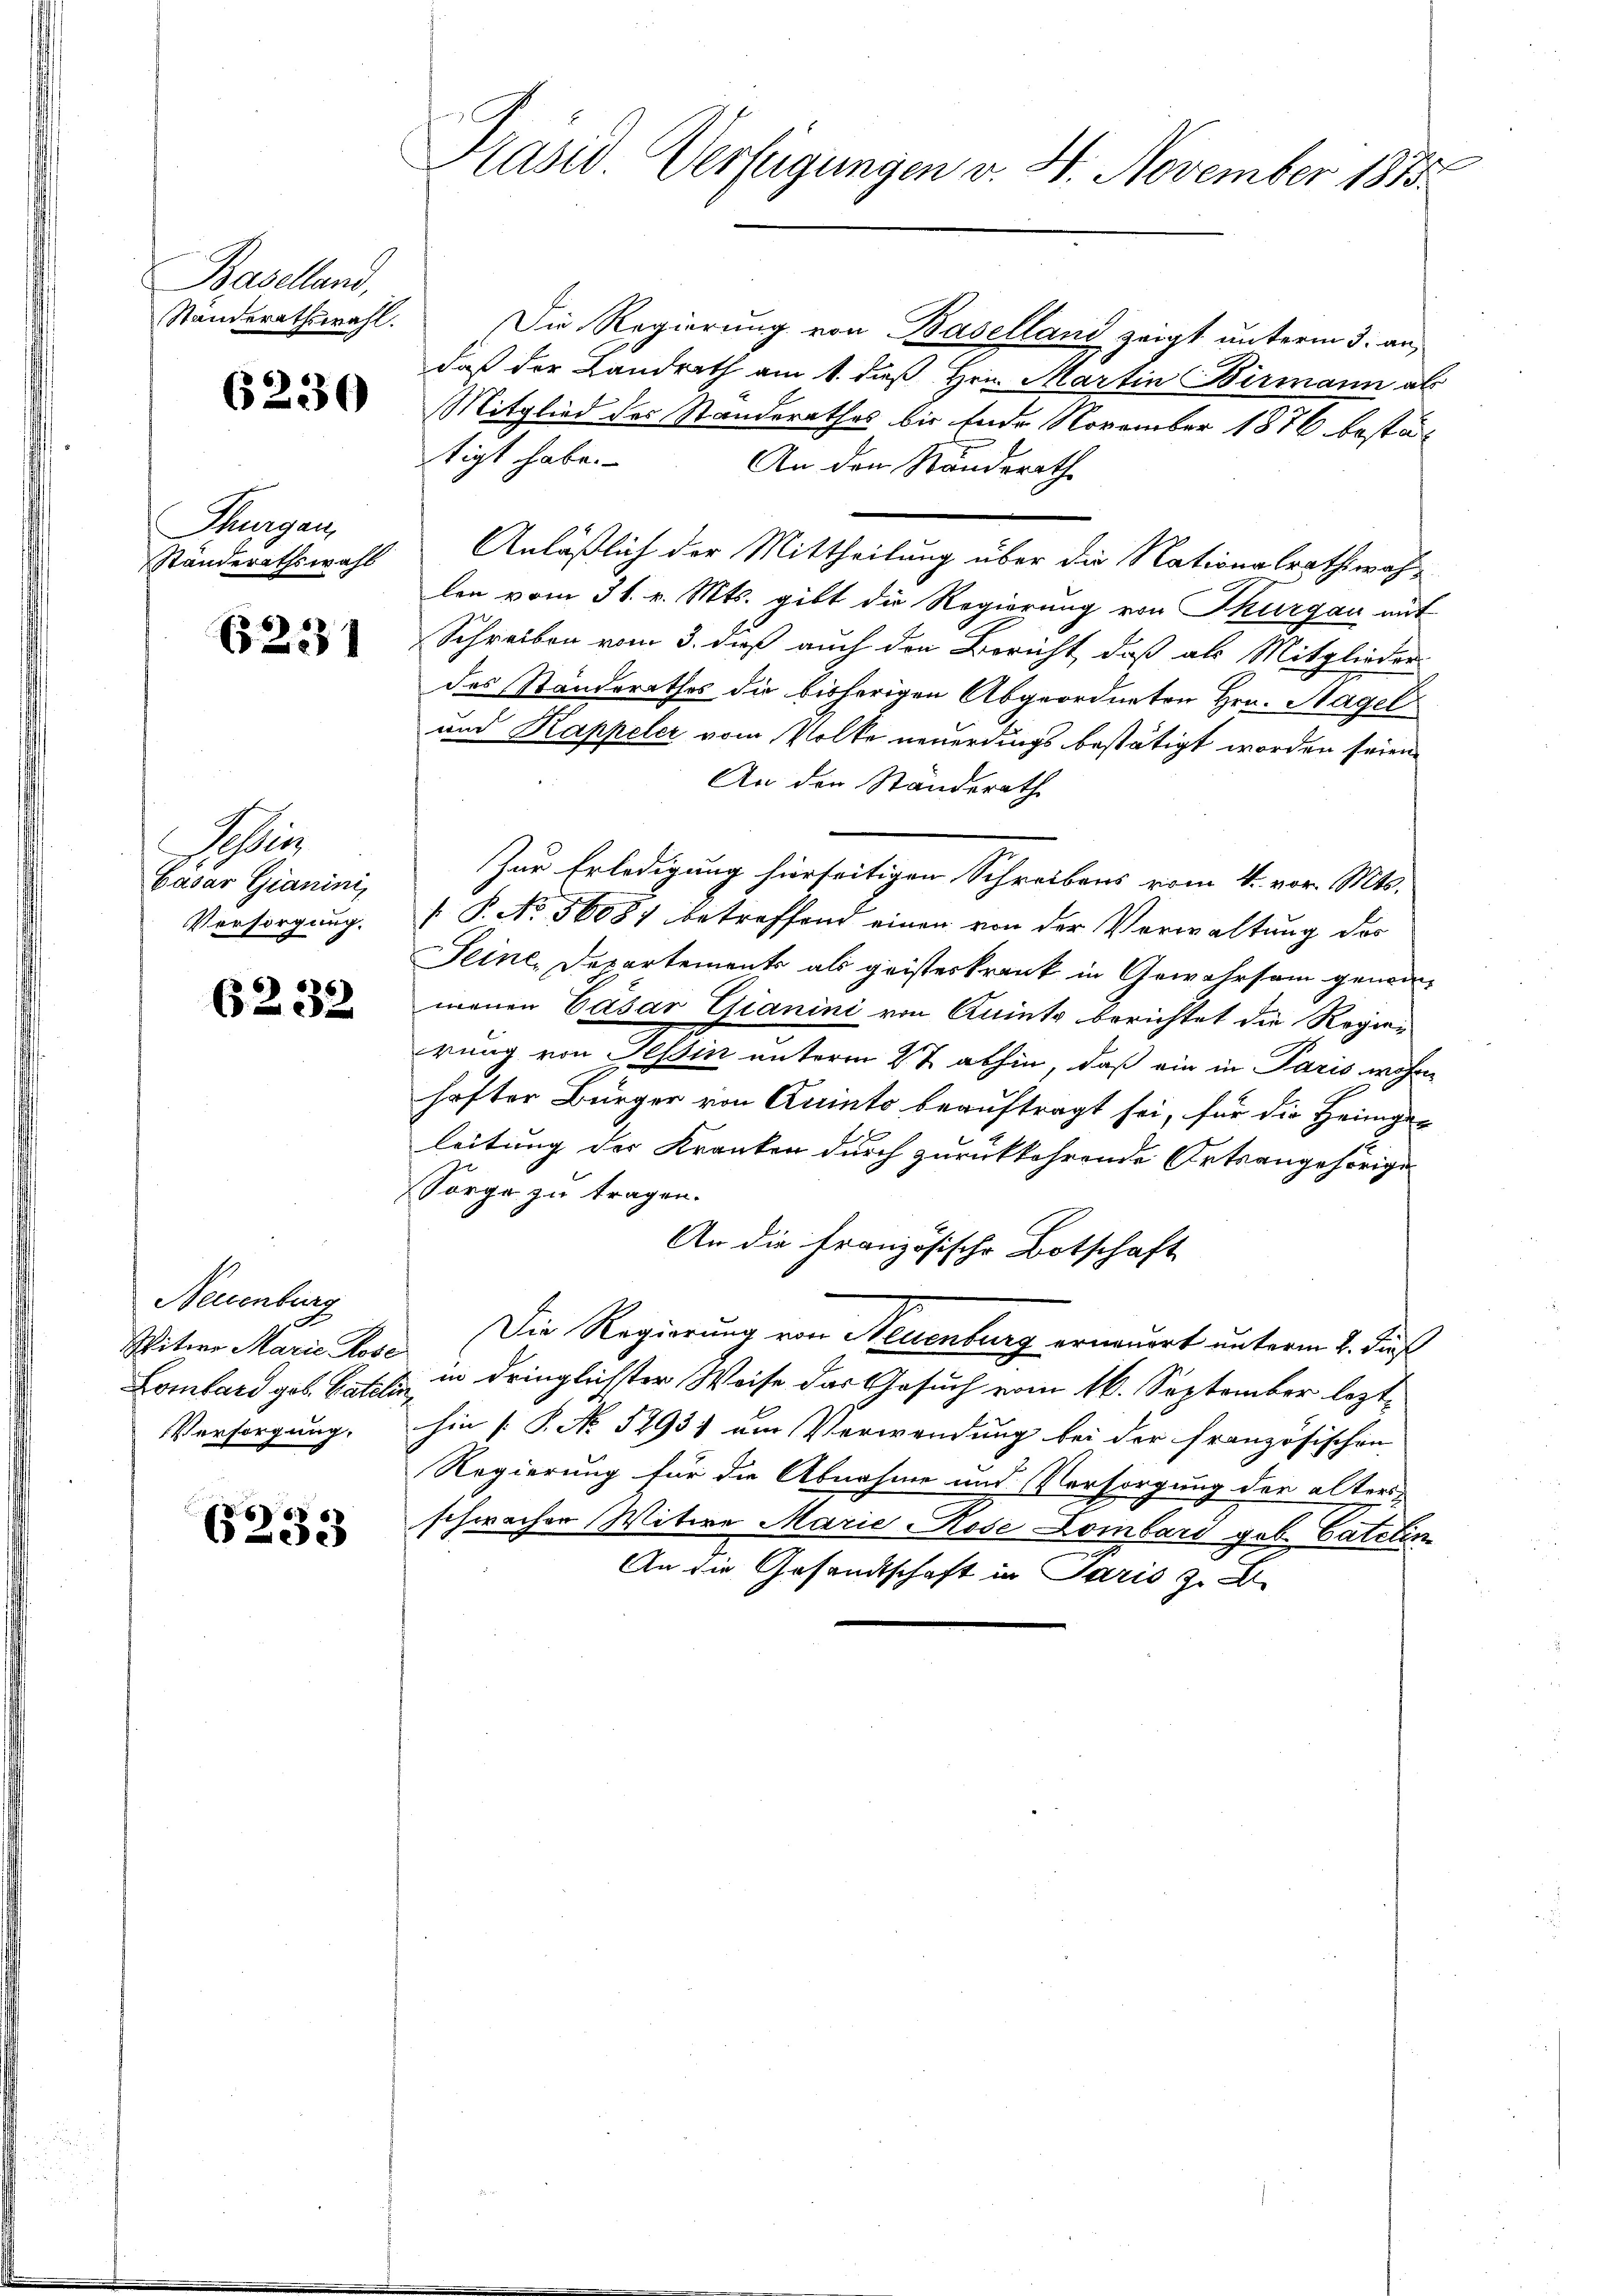
Baselland,
Standerathswahl.

6230

Thurgau,
Ständerathswahl

6231

Stein
Casar Gianini,
Versorgung.

6232.

Neuenburg
Witwe Marie Rose
Lombard geb. Bateli
Versorgung.

6233

.

Präsid Verfügungen v. 4. November 1813

Die Regierung von Baselland zeigt unterm 3. an,
daß der Landrath am 1. daß Hrn. Martin Birmann als
Mitglied des Standerathes bis Ende November 1876 bestästigt habe.
An den Standsrath
Anläßlich der Mittheilung über die Nationalrathswah-
len vom 31. v. Mts. gibt die Regierung von Thurgau mit
Schreiben vom 3. daß auch den Bericht, daß als Mitglieder
des Standerathes die bisherigen Abgeordneten Hrn. Hagel
und Kappeler vom Volke neuerdings bestätigt worden seien.
An den Standerath
Zur Erledigung hierseitigen Schreibens vom 4. vor. Mts.
 P. No 56081 betreffend einen von der Verwaltung des
Seine, Departements als geisteskrank in Gewahrsam genom-
menen Cäsar Gianini von Quinte berichtet die Regier
drung von Tessin unterm 27. abhin, daß ein in Paris machen
hofter Bürger von Quinto beauftragt sei, für die Heimge-
leitung der Kranken durch zurückkehrende Ortsangehörige
Sorge zu tragen.
An die Französische Botschaft
Die Regierung von Neuenburg erneuert unterm 2. Fuß
in dringlichster Weise das Gesuch vom 16. September lezthin [S. No 5293) ein Verwendung bei der französischen
Regierung für die Abnahme und Versorgung der älters
schwacher Witwe Marie Rose Lombard geb. Catelin
An die Gesandtschaft in Paris z. B.